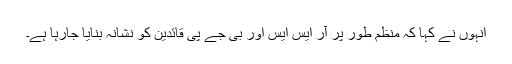
انہوں نے کہا کہ منظم طور پر آر ایس ایس اور بی جے پی قائدین کو نشانہ بنایا جارہا ہے۔